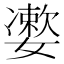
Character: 𡣂